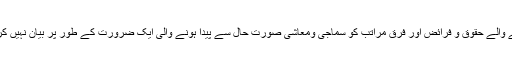
حقیقت یہ ہے کہ قرآن مجید میاں بیوی کے رشتے اور اس سے قائم ہونے والے حقوق و فرائض اور فرق مراتب کو سماجی ومعاشی صورت حال سے پیدا ہونے والی ایک ضرورت کے طور پر بیان نہیں کرتا، بلکہ اسے مخصوص مذہبی مفہوم میں 'تقدس' کا درجہ عطا کرتا ہے۔